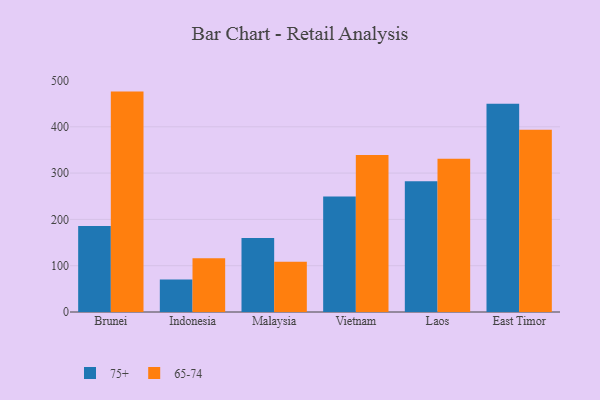
{"axis": {"x": "Country", "y": "Tickets Resolved"}, "legend": ["65-74", "75+"], "data": [{"x": "Brunei", "y": 185.5, "type": "75+"}, {"x": "Brunei", "y": 476.0, "type": "65-74"}, {"x": "Indonesia", "y": 70.2, "type": "75+"}, {"x": "Indonesia", "y": 116.3, "type": "65-74"}, {"x": "Malaysia", "y": 159.6, "type": "75+"}, {"x": "Malaysia", "y": 108.3, "type": "65-74"}, {"x": "Vietnam", "y": 249.5, "type": "75+"}, {"x": "Vietnam", "y": 338.9, "type": "65-74"}, {"x": "Laos", "y": 282.3, "type": "75+"}, {"x": "Laos", "y": 331.0, "type": "65-74"}, {"x": "East Timor", "y": 449.8, "type": "75+"}, {"x": "East Timor", "y": 393.7, "type": "65-74"}]}